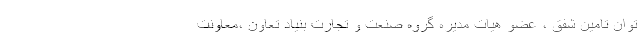
توان تامین شفق ، عضو هیات مدیره گروه صنعت و تجارت بنیاد تعاون ،معاونت